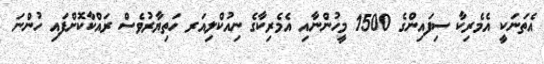
އެތަނަކީ އެމެރިކާ ސިފައިންގެ 1500 މީހުންނާއި އެމެރިކާގެ ނިއުކްލިއަރ ހަތިޔާރުވެސް ރައްކާކޮށްފައި ހުންނަ